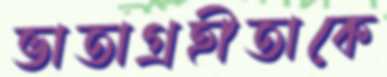
ভাতাগ্রহীতাকে